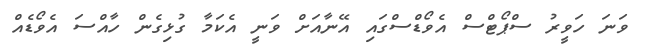
ވަނަ ހަވީރު ސްޕޯޓްސް އެވޯޑްސްގައި އޭނާއަށް ވަނީ އެކަމާ ގުޅިގެން ހާއްސަ އެވޯޑެއް